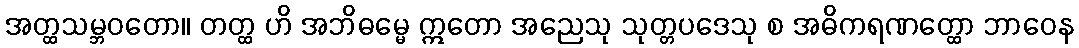
အတ္ထသမ္ဘဝတော။ တတ္ထ ဟိ အဘိဓမ္မေ ဣတော အညေသု သုတ္တပဒေသု စ အဓိကရဏတ္ထော ဘာဝေန